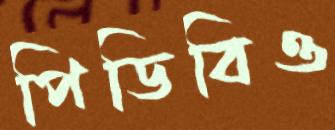
পিডিবিও